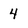
Character: 4